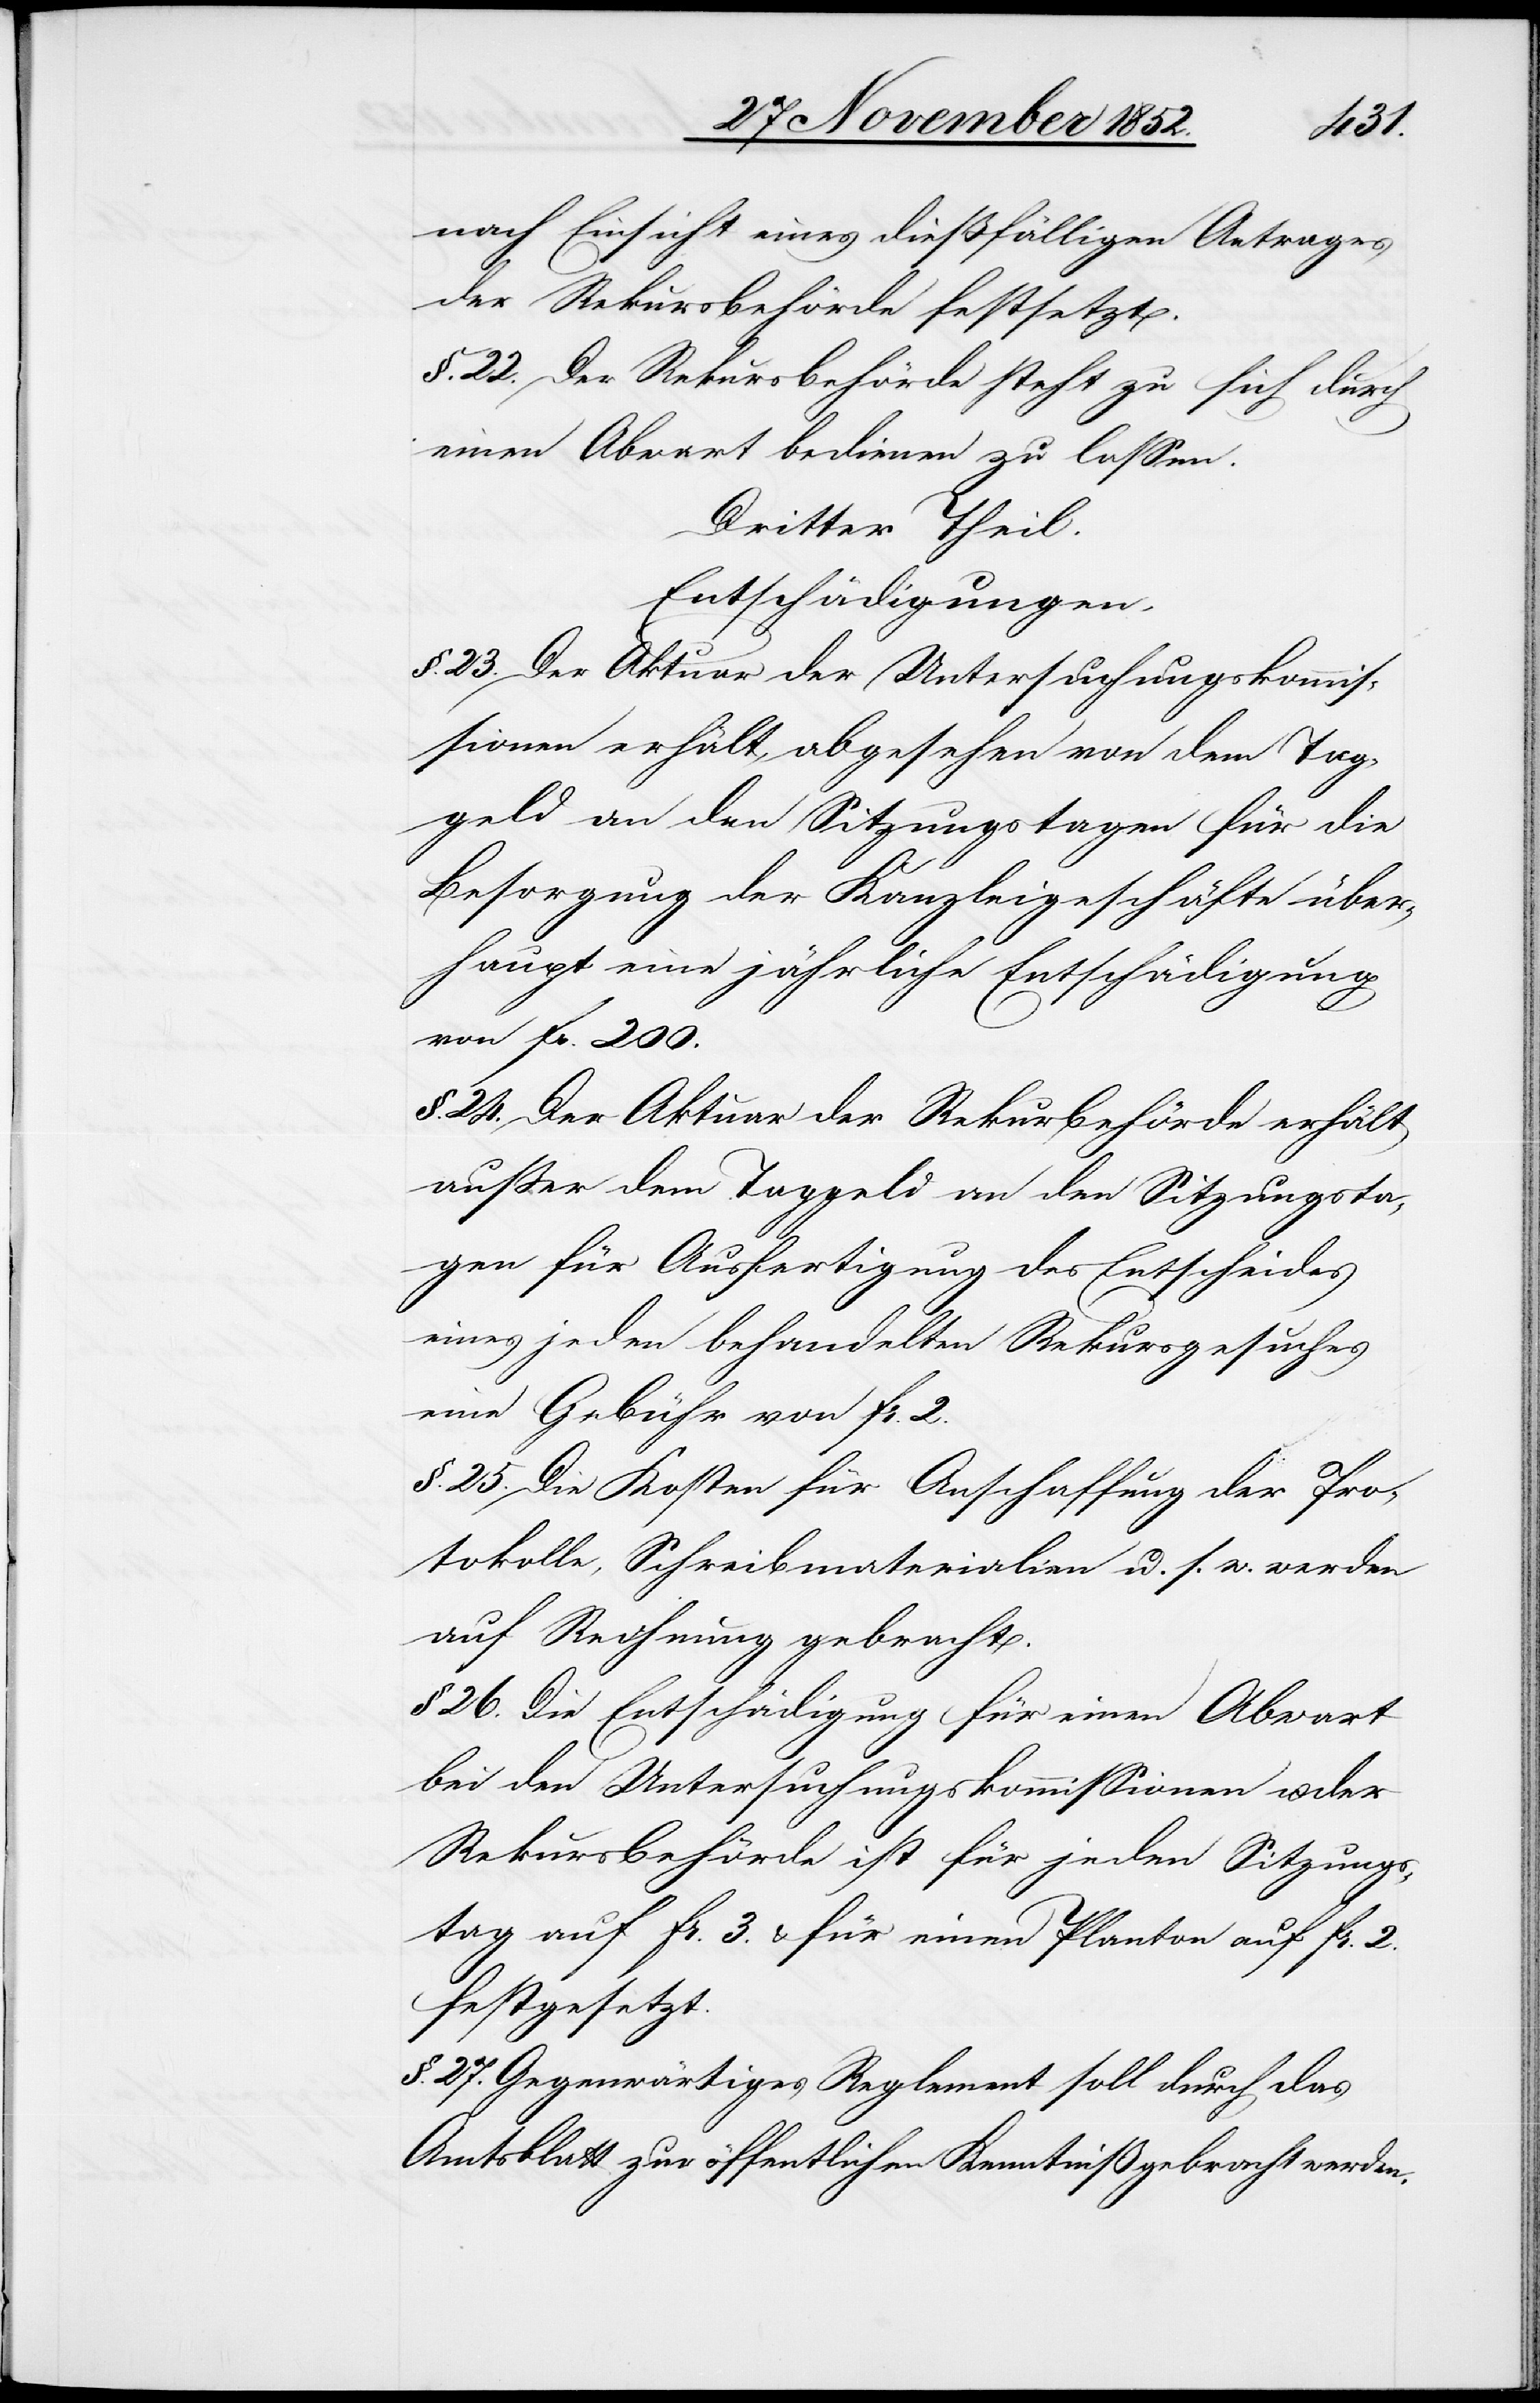
nach Einsicht eines dießfälligen Antrages
der Rekursbehörde festsetzt.
§. 22. Der Rekursbehörde steht zu sich durch
einen Abwart bedienen zu lassen.
Dritter Theil.
Entschädigungen.
§. 23. Der Aktuar der Untersuchungskommis¬
sionen erhält, abgesehen von dem Tag¬
geld an den Sitzungstagen für die
Besorgung der Kanzleigeschäfte über¬
haupt eine jährliche Entschädigung
von Fr. 200.
§. 24. Der Aktuar der Rekur[s]behörde erhält
außer dem Taggeld an den Sitzungsta¬
gen für Ausfertigung des Entscheides
eines jeden behandelten Rekursgesuches
eine Gebühr von Fr. 2.
§. 25. Die Kosten für Anschaffung der Pro¬
tokolle, Schreibmaterialien u. s. w. werden
auf Rechnung gebracht.
§ 26. Die Entschädigung für einen Abwart
bei den Untersuchungskommissionen u. der
Rekursbehörde ist für jeden Sitzungs¬
tag auf Fr. 3. & für einen Planton auf Fr. 2.
festgesetzt.
§. 27. Gegenwärtiges Reglement soll durch das
Amtsblatt zur öffentlichen Kenntniß gebracht werden.